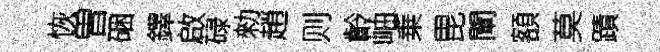
恢曽硱鐸啟碌勑趙则齡岫乗毘闡額莫蹟